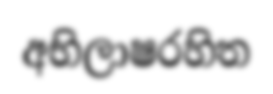
අභිලාෂරහිත